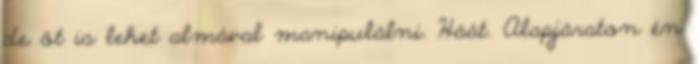
de őt is lehet almával manipulálni. Háát. Alapjáraton én